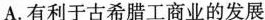
A. 有利于古希腊工商业的发展